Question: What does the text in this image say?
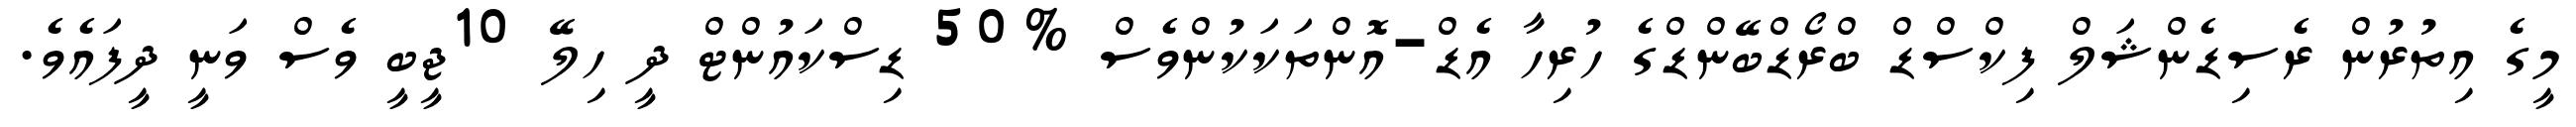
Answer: މީގެ އިތުރުން ރެސިޑެންޝަލް ފިކްސްޑް ބްރޯޑްބޭންޑްގެ ހުރިހާ އެޑް-އޮންތަކަކުންވެސް %50 ޑިސްކައުންޓް ދީ ހިލޭ 10ޖީބީ ވެސް ވަނީ ދީފައެވެ.